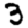
Digit: 3